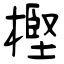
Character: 樫